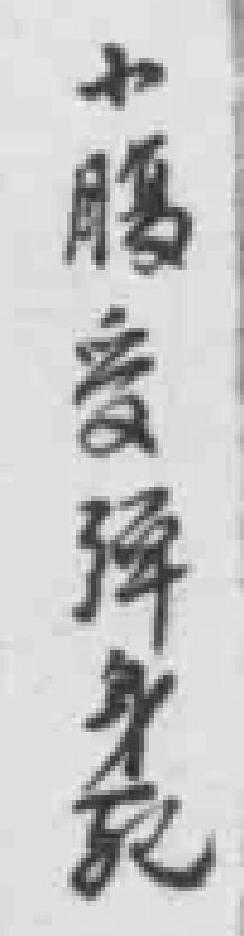
小腰受彈身死